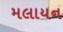
મલાયન